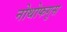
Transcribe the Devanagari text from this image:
नोथोफगुस